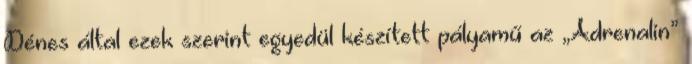
Dénes által ezek szerint egyedül készített pályamű az „Adrenalin”